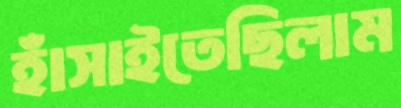
হাঁসাইতেছিলাম